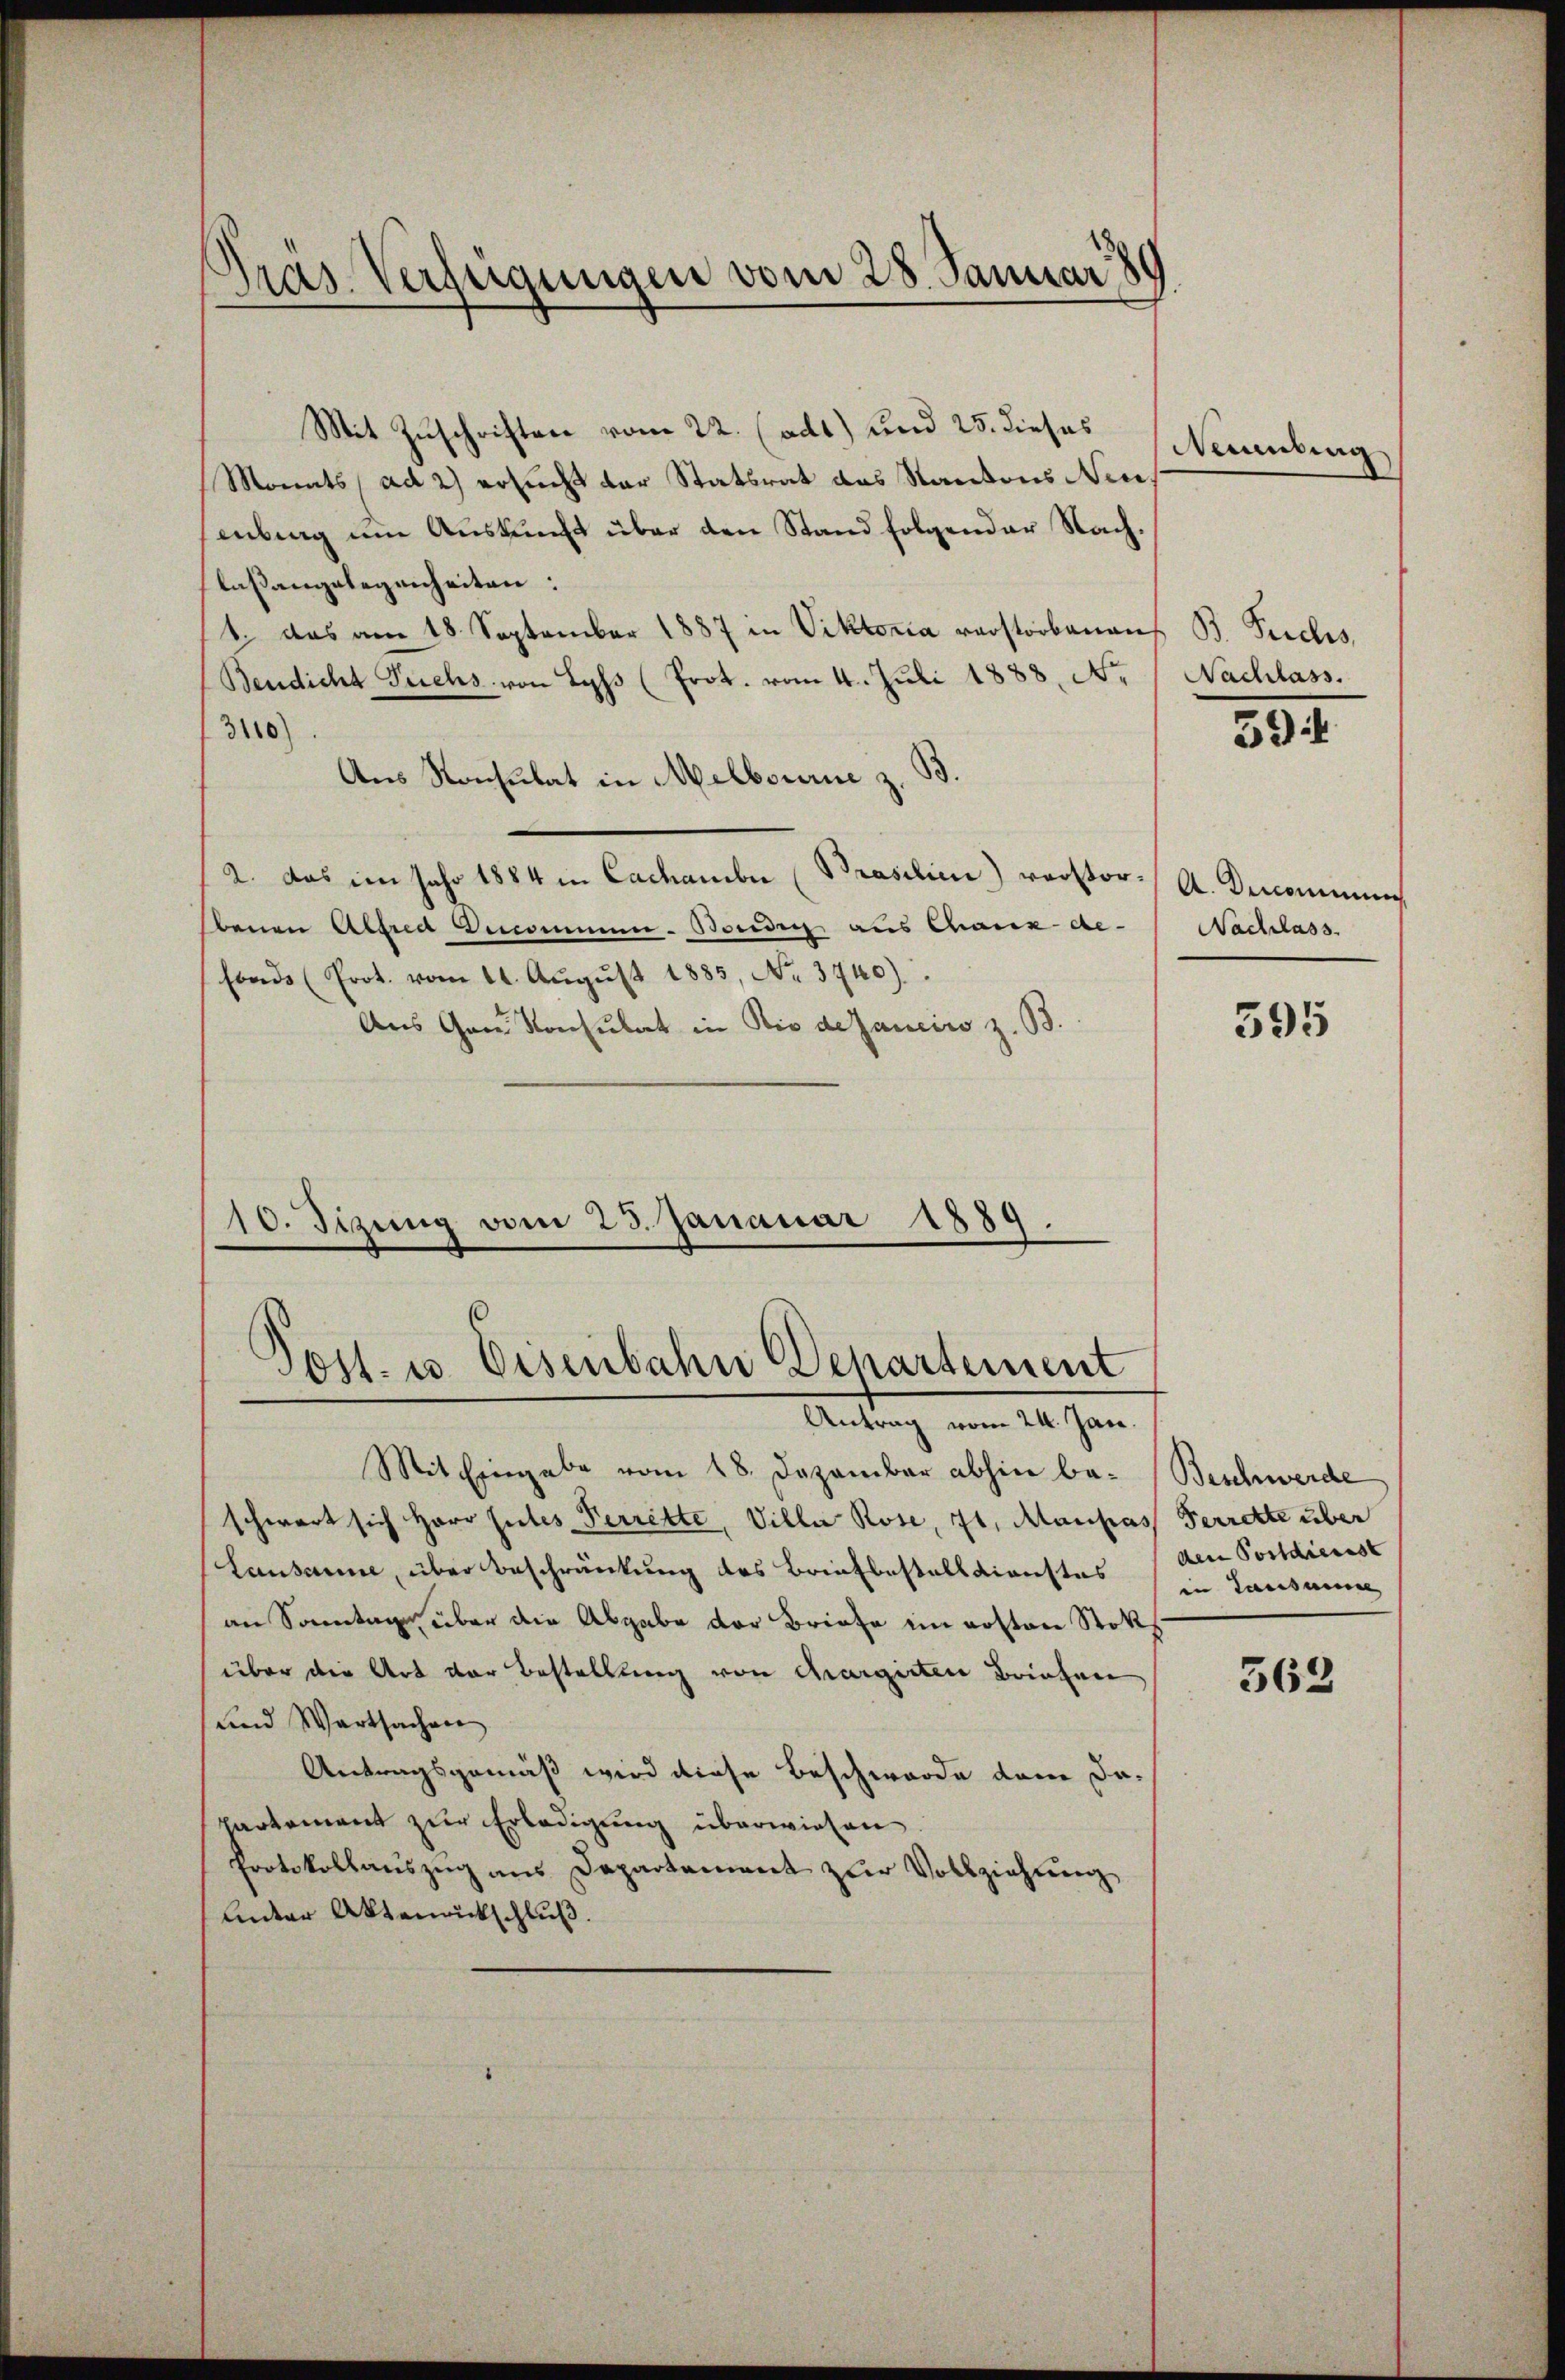
Pras Verfügungen vom 28. Januar 189

Mit Zuschriften vom 22. (adt) und 25. dieses
Monats, ad 2) ersucht der Statsrat des Kantons Neu
enbing um Auskunft über den Stand folgender Nachlaßangelegenheiten:
1. das am 18. September 1887 in Viktoria verstorbenaus B. Puches,
Bendicht Fuchs von Lyss (Prot. vom 4. Juli 1888. No
3110)
Aus Konsulat in Melbourie z. B.
2. Das im Jahr 1884 in Cachamber Prasilien) verstor. A. Dercommung
benen Altera Benommen-Borden aus Chanz de-
fonds (Prot. vom 11. Aŭgŭst 1883, No. 3740).
Aus Gau Konsulat in die de sancirs z. B.

10. Sizung vom 23. Januar 1889.
Post. u. Eisenbahn Departement
Antrag vom 24. Jan.

Mit Eingabe vom 18. Dezember abhin be- Beschwerde
schwart sich Herr Gutes Perrette, Viller Rose, 71, Manpas Ferrette über
Lausanne, über Beschränkung des Briefbestelldienstes Hauseine
an Sonntags über die Abgabe der Briefe im Kosten Stoküber die Art der Bestellung von chargirten Briefen
und Wartsachen
Antragsgemäß wird diese Beschwerde dem da¬
Partement zur Erledigung überwiesen
Protokollauszug aus Departement zur Vollziehung
Unter Aktenrückschluß

Nunzing

Nachlass.

594

Nachlass.

595

562

den Postdienst